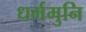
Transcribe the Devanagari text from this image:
धर्ममुनि